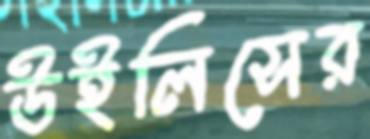
উইলিসের